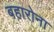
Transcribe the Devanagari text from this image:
बहारोना